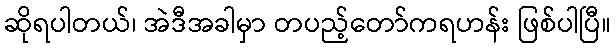
ဆိုရပါတယ်၊ အဲဒီအခါမှာ တပည့်တော်ကရဟန်း ဖြစ်ပါပြီ။